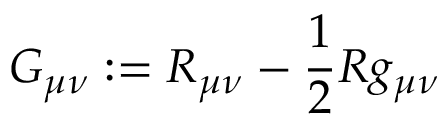
G _ { \mu \nu } : = R _ { \mu \nu } - \frac { 1 } { 2 } R g _ { \mu \nu }